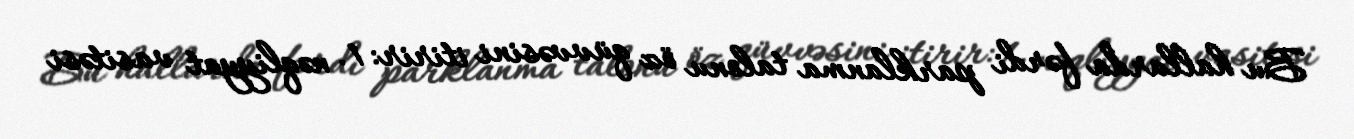
Bu hallarda fərdi parklanma talonu öz qüvvəsini itirir: 1. nəqliyyat vasitəsi